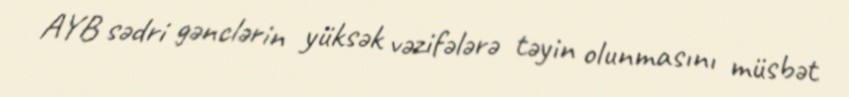
AYB sədri gənclərin yüksək vəzifələrə təyin olunmasını müsbət